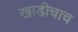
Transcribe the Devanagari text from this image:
खाडीचाच